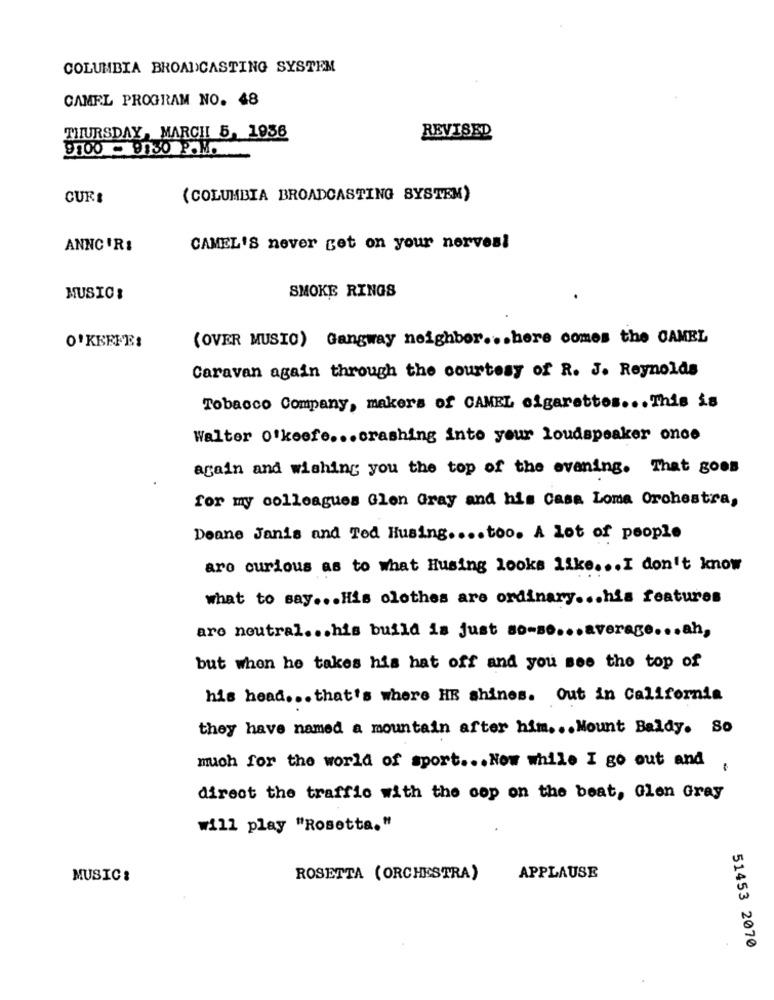
COLUMBIA BROADCASTING SYSTEM
CAMEL PROGRAM NO. 48
THURSDAY, MARCH 5, 1956
REVISED
9100 - 9:30 P.M.
CURE
(COLUMBIA BROADCASTING SYSTEM)
ANNC 'RI
CAMEL'S never get on your nerves!
MUSIC:
SMOKE RINGS
(OVER MUSIC) Gangway neighbor .. . here comes the CAMEL
O'KEEFE:
Caravan again through the courtesy of R. J. Reynolds
Tobacco Company, makers of CAMEL cigarettes ... This is
Walter o'keefe ... crashing into your loudspeaker once
again and wishing you the top of the evening. That goes
for my colleagues Glen Gray and his Casa Loma Orchestra,
Deane Janis and Ted Husing .... too. A lot of people
aro curious as to what Husing looks like ... I don't know
what to say ... His clothes are ordinary ... his features
aro neutral ... his build is just so-so ... average ... ah,
but when he takes his hat off and you see the top of
his head ... that's where HE shines. Out in California
they have named a mountain after him ... Mount Baldy. So
much for the world of sport ... Now while I go out and
direct the traffic with the cop on the beat, Glen Gray
will play "Rosetta."
MUSIC:
ROSETTA (ORCHESTRA)
APPLAUSE
51453 2070